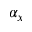
\alpha _ { x }